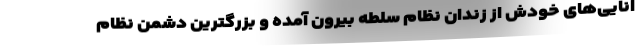
انایی‌های خودش از زندان نظام سلطه بیرون آمده و بزرگترین دشمن نظام